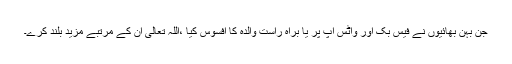
جن بہن بھائیوں نے فیس بک اور واٹس اپ پر یا براہ راست والدہ کا افسوس کیا ،اللہ تعالیٰ ان کے مرتبے مزید بلند کرے۔